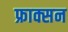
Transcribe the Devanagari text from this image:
फ्राक्सन